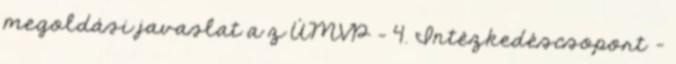
megoldási javaslat a z ÚMVP - 4. Intézkedéscsoport -